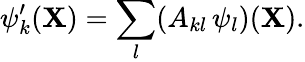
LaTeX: \psi_{k}^{\prime}({\mathbf{X}})=\sum_{l}(A_{kl}\, \psi_{l})({\mathbf{X}}).